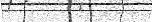
.